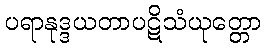
ပရာနုဒ္ဒယတာပဋိသံယုတ္တော